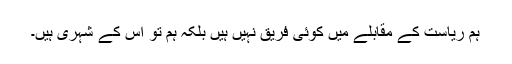
ہم ریاست کے مقابلے میں کوئی فریق نہیں ہیں بلکہ ہم تو اس کے شہری ہیں۔